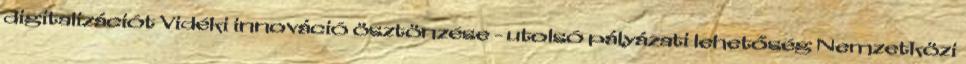
digitalizációt Vidéki innováció ösztönzése - utolsó pályázati lehetőség Nemzetközi